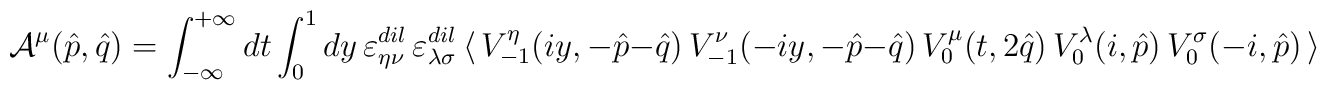
{\cal A}^\mu(\hat p, \hat q)=\int^{+\infty}_{-\infty} dt \int_0^1 dy\,\varepsilon^{dil}_{\eta\nu}\,\varepsilon^{dil}_{\lambda\sigma}\,\langle\,V_{-1}^\eta(iy,-\hat p-\hat q)\,V_{-1}^\nu(-iy,-\hat p-\hat q)\,V_0^\mu(t, 2\hat q)\,V_0^\lambda(i, \hat p)\,V_0^\sigma(-i, \hat p)\,\rangle\quad.